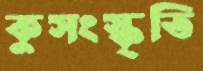
কুসংস্কৃতি